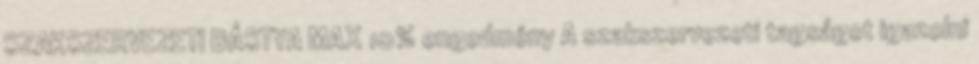
SZAKSZERVEZETI BÁSTYA MAX 10% engedmény A szakszervezeti tagságot igazolni